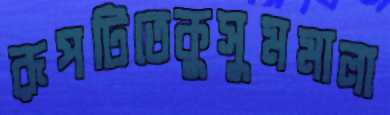
রূপটিতেকুসুমমালা